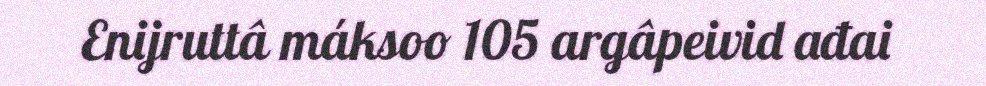
Enijruttâ máksoo 105 argâpeivid ađai